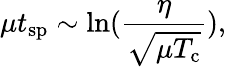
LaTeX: \mu t_{\mathrm{sp}}\sim\ln(\frac{\eta}{\sqrt{\mu T_{\mathrm{c}}}}),